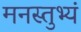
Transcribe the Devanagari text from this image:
मनस्तुभ्यं